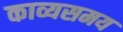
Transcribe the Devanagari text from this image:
काव्यसमय